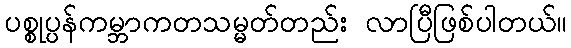
ပစ္စုပ္ပန်ကမ္ဘာကတသမ္မတ်တည်း လာပြီဖြစ်ပါတယ်။